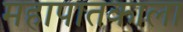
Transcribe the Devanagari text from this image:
महापातकाला